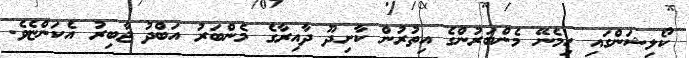
ކޯލިޝަންގައި ހިމެނޭ މެންބަރުންގެ އިތުރުން ކާށިދޫ ދާއިރާގެ މެންބަރު އަބްދު ޖާބިރު އެކަންޏެވެ.